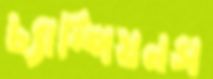
চ্যাম্পিয়নস